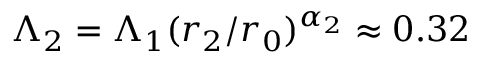
\Lambda _ { 2 } = \Lambda _ { 1 } ( r _ { 2 } / r _ { 0 } ) ^ { \alpha _ { 2 } } \approx 0 . 3 2